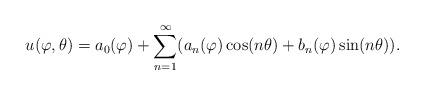
LaTeX: \begin{align*}u(\varphi,\theta)=a_0(\varphi)+\sum_{n=1}^\infty(a_n(\varphi)\cos(n\theta)+b_n(\varphi)\sin(n\theta)).\end{align*}